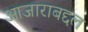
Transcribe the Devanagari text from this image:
आजाराबद्दल